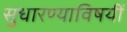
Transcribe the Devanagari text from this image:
सुधारण्याविषयीं